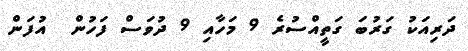
ދަރިއަކު ގަރުބަ ގަތީއްސުރެ 9 މަހާއި 9 ދުވަސް ފަހުން  އުފަން